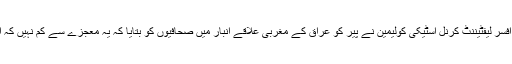
اس حملے سے متعلق امریکی فضائیہ کی افسر لیفٹیننٹ کرنل اسٹیکی کولیمین نے پیر کو عراق کے مغربی علاقے انبار میں صحافیوں کو بتایا کہ یہ معجزے سے کم نہیں کہ اس حملے میں کوئی جانی نقصان نہیں ہوا۔